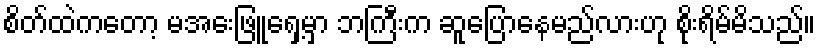
စိတ်ထဲကတော့ မအေးဖြူရှေ့မှာ ဘကြီးက ဆူပြောနေမည်လားဟု စိုးရိမ်မိသည်။